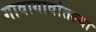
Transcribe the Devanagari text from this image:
गावागावांतल्या